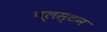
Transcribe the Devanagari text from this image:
वूलस्टन